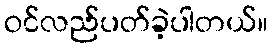
ဝင်လည်ပတ်ခဲ့ပါတယ်။